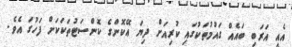
އެއީ އަރަބި ބައެއް ގައުމުތަކުގައި ކުރިއަށް ދިޔަ އޭކޮންގެ ކޮންސަޓުތަކަކަށް ފަހުގަ އެވެ.